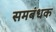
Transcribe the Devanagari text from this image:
समबंधक